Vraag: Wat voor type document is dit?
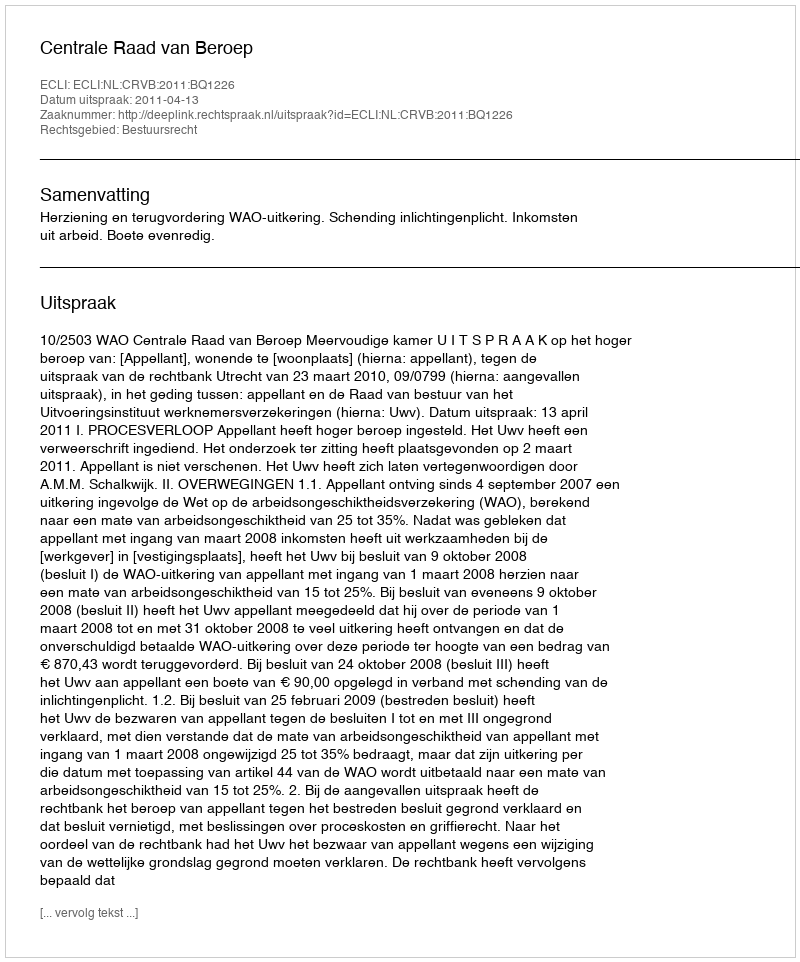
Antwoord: Uitspraak